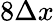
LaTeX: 8\Delta x